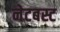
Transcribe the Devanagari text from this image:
नेटबस्ट